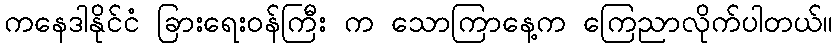
ကနေဒါနိုင်ငံ ခြားရေးဝန်ကြီး က သောကြာနေ့က ကြေညာလိုက်ပါတယ်။